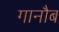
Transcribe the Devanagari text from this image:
गानौब